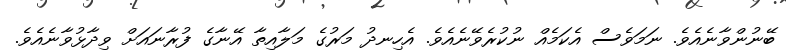
ބޭނުންވާނެއެވެ. ނަމަވެސް އެކަމެއް ނުކުރެވޭނެއެވެ. އެހިނދު މަރުގެ މަލާއިތާ އޭނާގެ ފުރާނައަށް ވިދާޅުވާނެއެވެ.